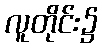
လူတိုင်း၌